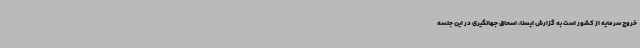
خروج سرمایه از کشور است به گزارش ایسنا، اسحاق جهانگیری در این جلسه